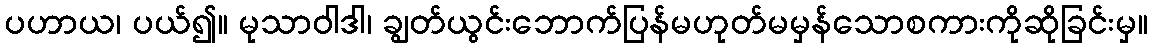
ပဟာယ၊ ပယ်၍။ မုသာဝါဒါ၊ ချွတ်ယွင်းဘောက်ပြန်မဟုတ်မမှန်သောစကားကိုဆိုခြင်းမှ။